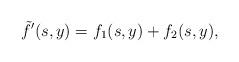
LaTeX: \begin{align*}\tilde{f}^{\prime}(s,y)=f_1(s,y)+f_2(s,y),\end{align*}